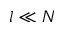
l \ll N